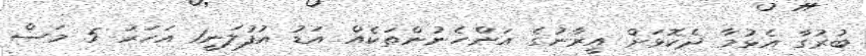
ބުރުގާ އެޅުމާ ދެކޮޅަށް އީރާނުގެ އަންހެނުންތަކެއް އަޑު އުފުލަނީ1 އަހަރު 5 މަސް